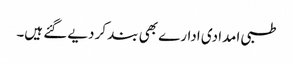
طبی امدادی ادارے بھی بند کر دیے گئے ہیں۔